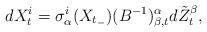
LaTeX: \begin{align*}dX^i_t=\sigma^{i}_{\alpha}(X_{t_-})(B^{-1})^{\alpha}_{\beta,t} d\tilde{Z}^{\beta}_t,\end{align*}